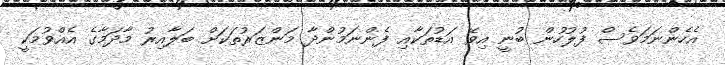
އެހެންނަމަވެސް ފުލުހުން ބުނީ އިވޭ އަޑުތަކާއި ފެންނަމުންދާ މަންޒަރުތަކަށް ބަލާއިރު މާދަމާގެ އެއްވުމަކީ